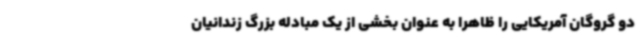
دو گروگان آمریکایی را ظاهرا به عنوان بخشی از یک مبادله بزرگ زندانیان